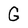
Character: G